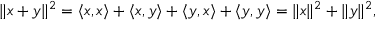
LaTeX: \| x + y \| ^ { 2 } = \langle x , x \rangle + \langle x , y \rangle + \langle y , x \rangle + \langle y , y \rangle = \| x \| ^ { 2 } + \| y \| ^ { 2 } ,